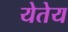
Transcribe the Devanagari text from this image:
येतेय